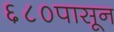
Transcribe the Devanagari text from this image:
६८०पासून